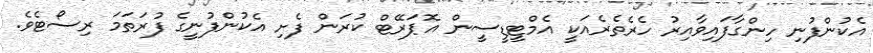
އެކުންފުނި ހިންގާފައިވާއިރު ހެރެތެރެއަކީ އެމްޓީޑީސީން އޮޕަރޭޓް ކުރަން ފެށި އެކުންފުނީގެ ފުރަތަމަ ރިސޯޓެވެ.